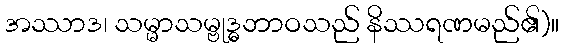
အဿာဒ၊ သမ္မာသမ္ဗုဒ္ဓဘာဝသည် နိဿရဏမည်၏)။